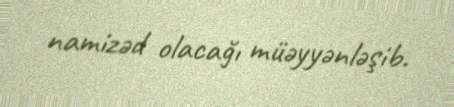
namizəd olacağı müəyyənləşib.